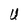
Character: U